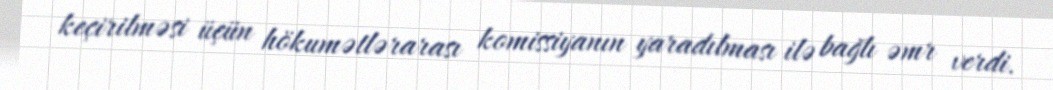
keçirilməsi üçün hökumətlərarası komissiyanın yaradılması ilə bağlı əmr verdi.